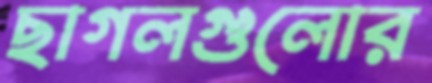
ছাগলগুলোর